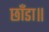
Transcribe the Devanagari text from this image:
छाँडा॥